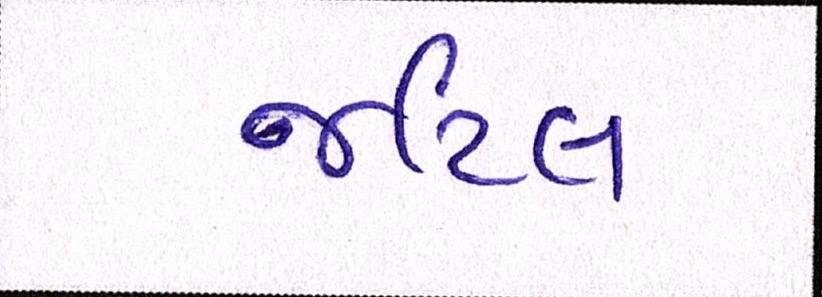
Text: જટિલ